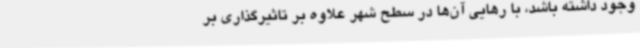
وجود داشته باشد، با رهایی آن‌ها در سطح شهر علاوه بر تاثیرگذاری بر